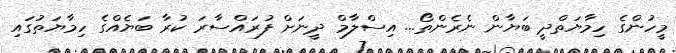
މީހުންގެ ހިމާޔަތްދީ ބަޔާން ނެރެންތޯ... އިސްލާމް ދީނަށް ފުރައްސާރަ ކުރާ ބަޔެއްގެ ހިމާޔަތުގައި